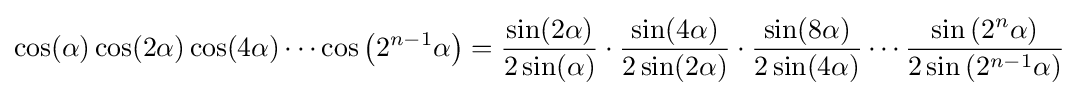
\cos(\alpha )\cos(2\alpha )\cos(4\alpha )\cdots \cos \left(2^{n-1}\alpha \right)={\frac {\sin(2\alpha )}{2\sin(\alpha )}}\cdot {\frac {\sin(4\alpha )}{2\sin(2\alpha )}}\cdot {\frac {\sin(8\alpha )}{2\sin(4\alpha )}}\cdots {\frac {\sin \left(2^{n}\alpha \right)}{2\sin \left(2^{n-1}\alpha \right)}}